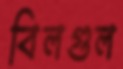
বিলগুল